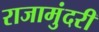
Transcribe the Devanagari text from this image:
राजामुंदरी